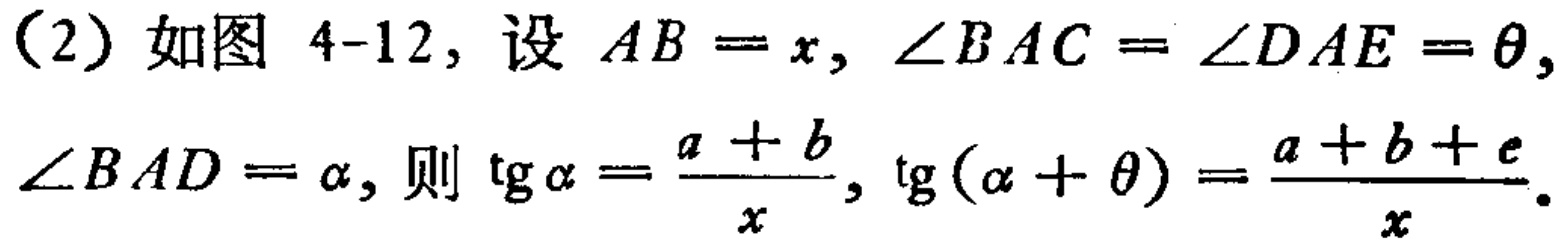
（2）如图 4-12，设 \(AB = x, \angle BAC = \angle DAE = \theta,\)
\(\angle BAD = \alpha,\) 则 \(\tg\alpha = \frac{a + b}{x}, \tg(\alpha + \theta) = \frac{a + b + e}{x}\)。